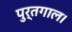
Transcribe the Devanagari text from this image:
पुर्तगाल।